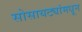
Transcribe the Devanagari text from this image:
सोसायट्यांमधून